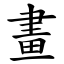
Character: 畫